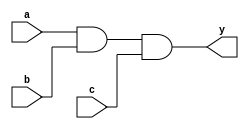
// Listing 7.1
module and_block
  (
  input wire a, b, c,
  output reg y
  );

  always @*
  begin
     y = a;
     y = y & b;
     y = y & c;
  end

endmodule